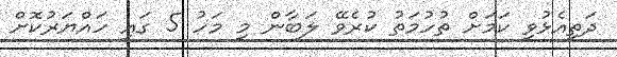
ދަތިއެޅުވި ކަމަށް ތުހުމަތު ކުރެވޭ ލަބާން މި މަހު 5 ގައި ހައްޔަރުކޮށް